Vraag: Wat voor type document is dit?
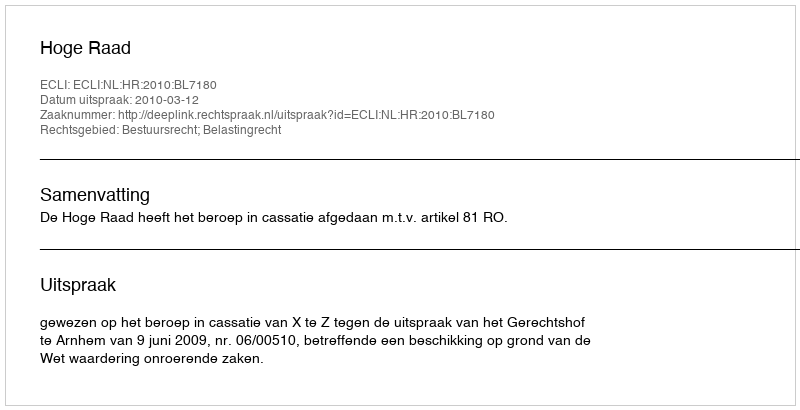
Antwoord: Uitspraak